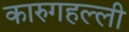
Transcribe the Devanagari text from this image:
कारुगहल्ली